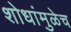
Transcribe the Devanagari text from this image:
शोधांमुळेच